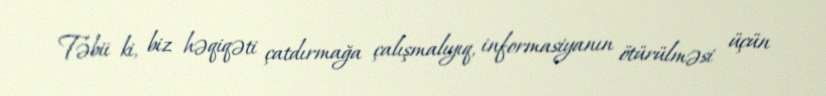
Təbii ki, biz həqiqəti çatdırmağa çalışmalıyıq, informasiyanın ötürülməsi üçün